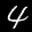
Label: 4